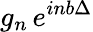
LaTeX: g_{n}\, e^{inb\Delta}